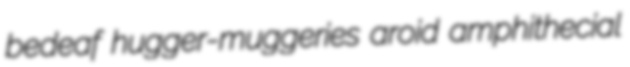
bedeaf hugger-muggeries aroid amphithecial